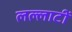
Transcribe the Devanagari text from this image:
लल्लाटीं